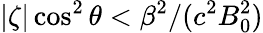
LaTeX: |\zeta|\cos^{2}\theta<\beta^{2}/(c^{2}B_{0}^{2})